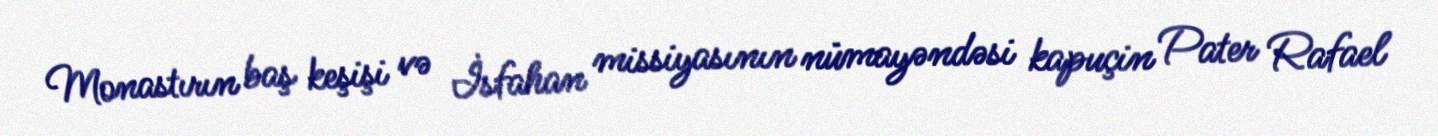
Monastırın baş keşişi və İsfahan missiyasının nümayəndəsi kapuçin Pater Rafael